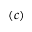
( c )